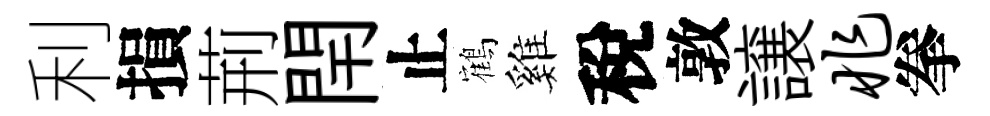
利損荊閈止鶴雞稅敦譲兆拳